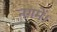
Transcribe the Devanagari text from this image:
नगमें।